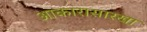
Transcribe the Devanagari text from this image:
आकारासारखा